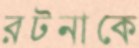
রটনাকে